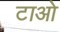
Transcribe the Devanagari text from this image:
टाओ